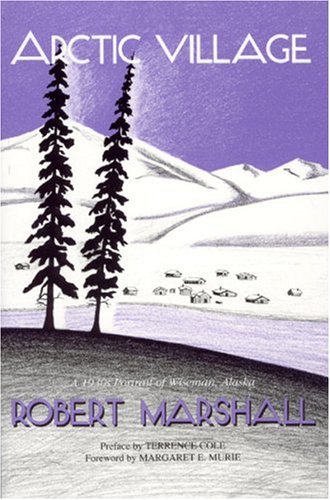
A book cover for Arctic Village: A 1930's Portrait of Wiseman, Alaska (Classic Reprint Series); Robert Marshall; Travel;